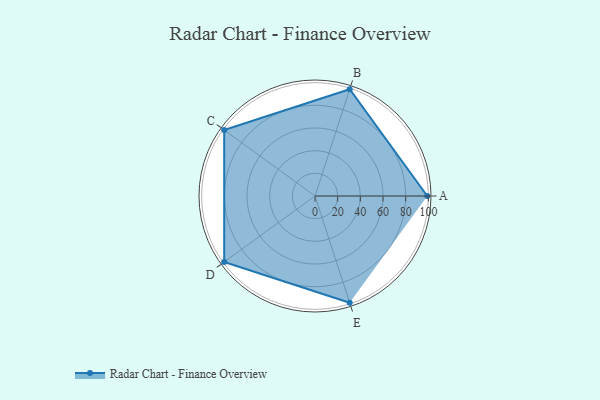
{"axis": {"x": "Skill", "y": "Score"}, "legend": ["Profile"], "data": [{"x": "A", "y": 99, "type": "Profile"}, {"x": "B", "y": 99, "type": "Profile"}, {"x": "C", "y": 99, "type": "Profile"}, {"x": "D", "y": 99, "type": "Profile"}, {"x": "E", "y": 99, "type": "Profile"}]}